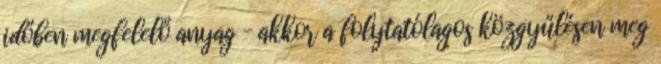
időben megfelelő anyag – akkor a folytatólagos közgyűlésen meg